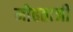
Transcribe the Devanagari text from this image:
मोहताजी